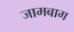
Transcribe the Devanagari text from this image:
जामबाग